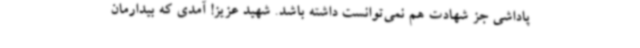
پاداشی جز شهادت هم نمی‌توانست داشته باشد. شهید عزیز! آمدی که بیدارمان